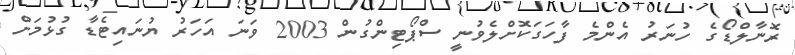
ރޮނާލްޑޯގެ ހުނަރު އެންމެ ފާހަގަކޮށްލެވުނީ ސްޕޯޓިންގުން 2003 ވަނަ އަހަރު ޔުނައިޓެޑާ ގުޅުމަށް